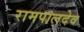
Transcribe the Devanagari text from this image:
रामपालदेव